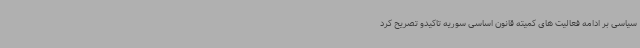
سیاسی بر ادامه فعالیت های کمیته قانون اساسی سوریه تاکیدو تصریح کرد